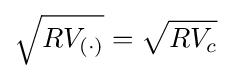
{\sqrt {RV_{(\cdot )}}}={\sqrt {RV_{c}}}